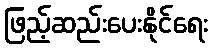
ဖြည့်ဆည်းပေးနိုင်ရေး